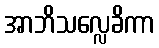
အာဘိသလ္လေခိကာ